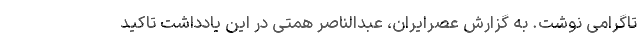
تاگرامی نوشت. به گزارش عصرایران، عبدالناصر همتی در این یادداشت تاکید